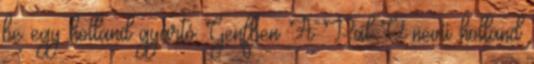
be egy holland gyártó Genfben A Pal-V nevű holland